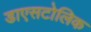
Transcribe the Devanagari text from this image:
डाएसटोलिक